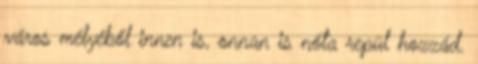
város mélyéből innen is, onnan is nóta repül hozzád.